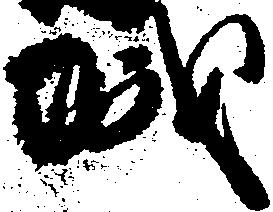
城